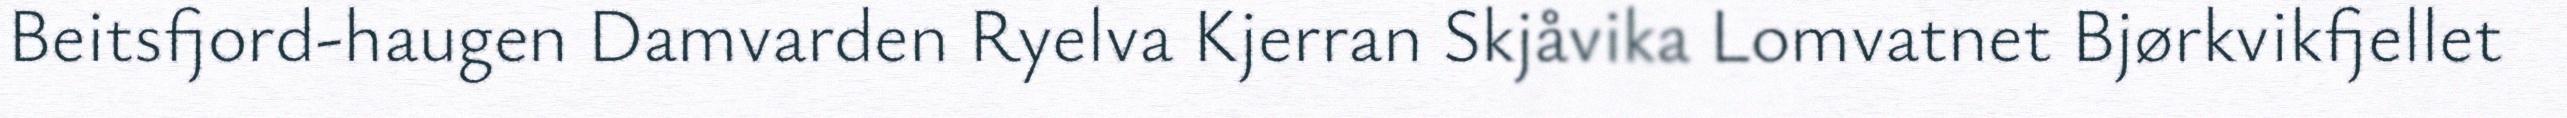
Beitsfjord-haugen Damvarden Ryelva Kjerran Skjåvika Lomvatnet Bjørkvikfjellet